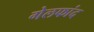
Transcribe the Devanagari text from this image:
गेलफांद